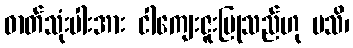
ဓာတ်သုံးပါးအား ငါကျေးဇူးပြုသည်ဟု မသိ၊